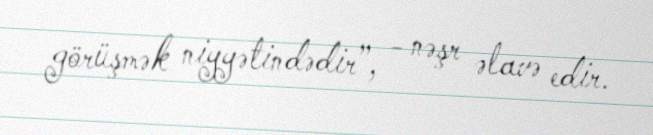
görüşmək niyyətindədir”, - nəşr əlavə edir.